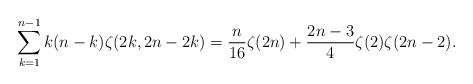
\begin{align*} \sum_{k=1}^{n-1} k(n-k) \zeta(2k,2n-2k)=\frac{n}{16}\zeta(2n)+\frac{2n-3}4 \zeta(2)\zeta(2n-2).\end{align*}